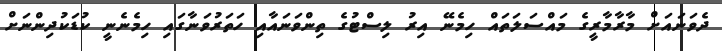
ދެވަނައަށް މާރާމާރީގެ މައްސަލަތައް ހިމެނޭ އިރު ލިސްޓުގެ ތިންވަނައާއި ހަތަރުވަނާގައި ހިމެނެނީ ކުޑަކުދިންނަށް